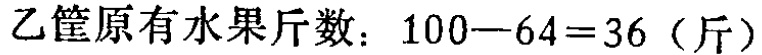
乙筐原有水果斤数：\(100 - 64 = 36\)（斤）